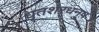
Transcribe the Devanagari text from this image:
धृतशरधनुषं